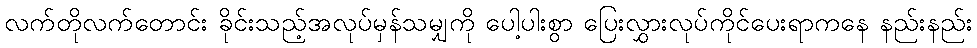
လက်တိုလက်တောင်း ခိုင်းသည့်အလုပ်မှန်သမျှကို ပေါ့ပါးစွာ ပြေးလွှားလုပ်ကိုင်ပေးရာကနေ နည်းနည်း